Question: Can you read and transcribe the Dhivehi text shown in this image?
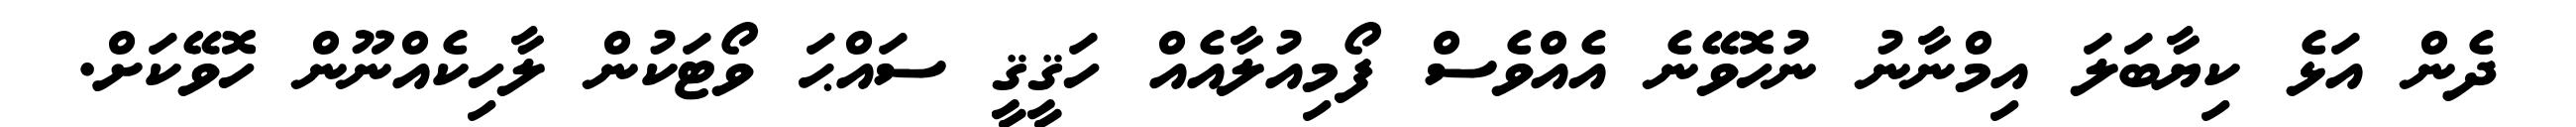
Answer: ދެން އަޅެ ކިޔާބަލަ އިމްނާނު ނުހޮވޭނެ އެއްވެސް ފޯމިއުލާއެއް ހަޤީޤީ ސައްޙަ ވޯޓަކުން ލާހިކެއްނޫން ހޮވޭކަށް.